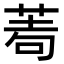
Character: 𦰶